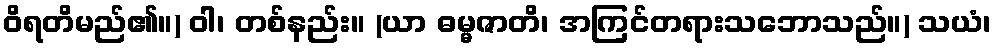
ဝိရတိမည်၏။) ဝါ၊ တစ်နည်း။ (ယာ ဓမ္မဇာတိ၊ အကြင်တရားသဘောသည်။) သယံ၊